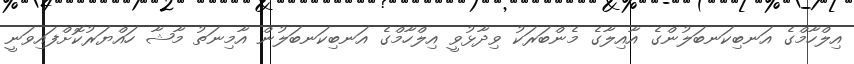
އިލްހާމްގެ އަނބިކަނބަލުންގެ އާއިލާގެ މެންބަރަކު ވިދާޅުވީ އިލްހާމްގެ އަނބިކަނބަލުން އާމިނަތު މާޝާ ހައްޔަރުކޮށްފައިވަނީ